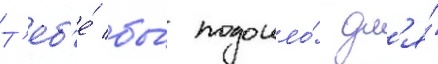
Т'еб'е́ бы́ подошло́ дл'я́